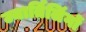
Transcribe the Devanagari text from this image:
ज्यार्तिलिंगों